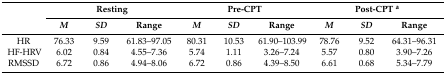
<table><thead><tr><td rowspan="2"></td><td colspan="3"><b>Resting</b></td><td colspan="3"><b>Pre-CPT</b></td><td colspan="3"><b>Post-CPT <sup>a</sup></b></td></tr><tr><td><b><i>M</i></b></td><td><b><i>SD</i></b></td><td><b>Range</b></td><td><b><i>M</i></b></td><td><b><i>SD</i></b></td><td><b>Range</b></td><td><b><i>M</i></b></td><td><b><i>SD</i></b></td><td><b>Range</b></td></tr></thead><tbody><tr><td>HR</td><td>76.33</td><td>9.59</td><td>61.83–97.05</td><td>80.31</td><td>10.53</td><td>61.90–103.99</td><td>78.76</td><td>9.52</td><td>64.31–96.31</td></tr><tr><td>HF-HRV</td><td>6.02</td><td>0.84</td><td>4.55–7.36</td><td>5.74</td><td>1.11</td><td>3.26–7.24</td><td>5.57</td><td>0.80</td><td>3.90–7.26</td></tr><tr><td>RMSSD</td><td>6.72</td><td>0.86</td><td>4.94–8.06</td><td>6.72</td><td>0.86</td><td>4.39–8.50</td><td>6.61</td><td>0.68</td><td>5.34–7.79</td></tr></tbody></table>